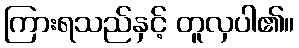
ကြားရသည်နှင့် တူလှပါ၏။